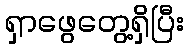
ရှာဖွေတွေ့ရှိပြီး